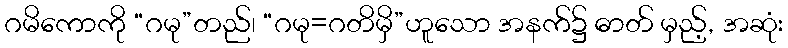
ဂမိကောကို “ဂမု”တည်၊ “ဂမု=ဂတိမှိ”ဟူသော အနက်၌ ဓာတ် မှည့်, အဆုံး